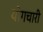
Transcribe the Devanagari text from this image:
योगचारी